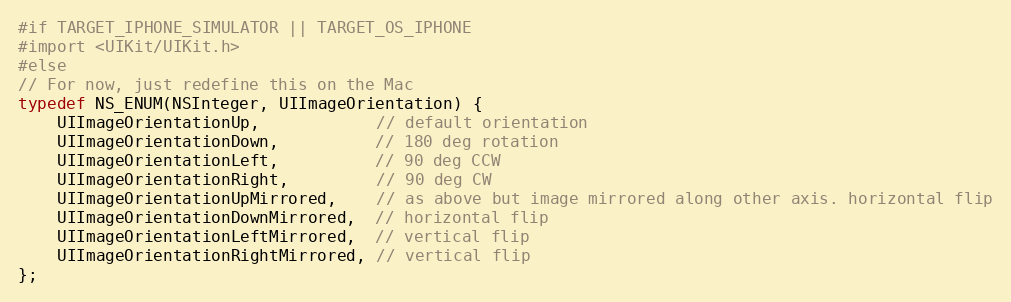
Language: C
#if TARGET_IPHONE_SIMULATOR || TARGET_OS_IPHONE
#import <UIKit/UIKit.h>
#else
// For now, just redefine this on the Mac
typedef NS_ENUM(NSInteger, UIImageOrientation) {
    UIImageOrientationUp,            // default orientation
    UIImageOrientationDown,          // 180 deg rotation
    UIImageOrientationLeft,          // 90 deg CCW
    UIImageOrientationRight,         // 90 deg CW
    UIImageOrientationUpMirrored,    // as above but image mirrored along other axis. horizontal flip
    UIImageOrientationDownMirrored,  // horizontal flip
    UIImageOrientationLeftMirrored,  // vertical flip
    UIImageOrientationRightMirrored, // vertical flip
};